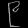
Digit: ၉